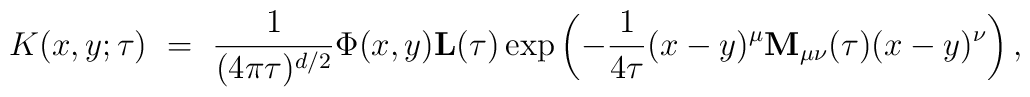
K(x,y;\tau)\ =\ \frac{1}{(4\pi\tau)^{d/2}}\Phi(x,y){\mathbf L}(\tau)  \exp\left(-\frac{1}{4\tau}(x-y)^\mu {\bf M}_{\mu\nu}(\tau) (x-y)^\nu  \right),